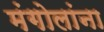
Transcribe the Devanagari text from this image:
मंगोलांना